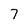
Character: 7